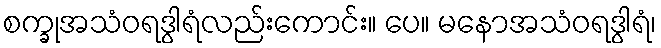
စက္ခုအသံဝရဒွါရံလည်းကောင်း။ ပေ။ မနောအသံဝရဒွါရံ၊